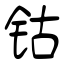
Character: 钴